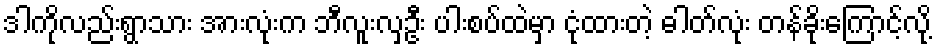
ဒါကိုလည်းရွာသား အားလုံးက ဘီလူးလှဦး ပါးစပ်ထဲမှာ ငုံထားတဲ့ ဓါတ်လုံး တန်ခိုးကြောင့်လို့